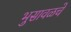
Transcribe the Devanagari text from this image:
भुसावळचे